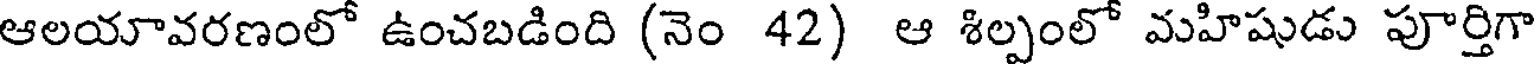
ఆలయావరణంలో ఉంచబడింది (నెం 42) ఆ శిల్పంలో మహిషుడు పూర్తిగా